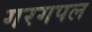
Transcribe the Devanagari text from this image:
गरगपल